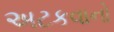
અટકવાનો